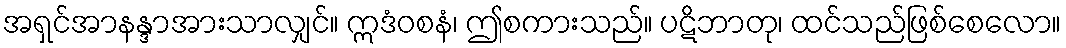
အရှင်အာနန္ဒာအားသာလျှင်။ ဣဒံဝစနံ၊ ဤစကားသည်။ ပဋိဘာတု၊ ထင်သည်ဖြစ်စေလော။